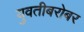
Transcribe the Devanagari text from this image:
युवतीबरोबर